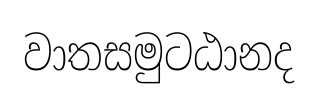
වාතසමුටඨානද